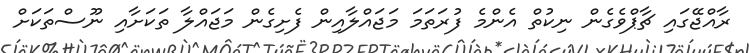
ރާއްޖޭގައި ޗާޕްވެގެން ނިކުތް އެންމެ ފުރަތަމަ މަޖައްލާއިން ފެށިގެން މަޖައްލާ ތަކަށާއި ނޫސްތަކަށް